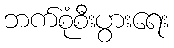
ဘက်စုံစီးပွားရေး